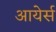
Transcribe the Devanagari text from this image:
आयेर्स